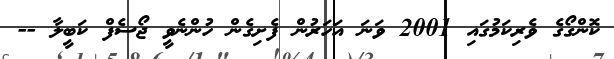
ކޮންގޯގެ ވެރިކަމުގައި 2001 ވަނަ އަހަރުން ފެށިގެން ހުންނެވީ ޖޯސެފް ކަބީލާ --